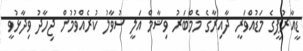
ޑީއާރުޕީގެ މަޑުއްވަރީ ދާއިރާގެ މެމްބަރު ވިޝާމް އަލީ ސުވާލު ކުރެއްވުމުން ޖިހާދު ވިދާޅުވީ